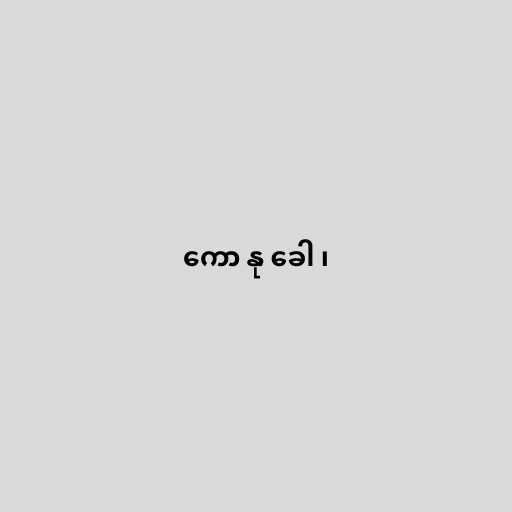
ကော နု ခေါ ၊